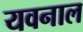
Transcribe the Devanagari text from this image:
यवनाल